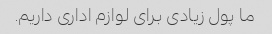
ما پول زیادی برای لوازم اداری داریم.